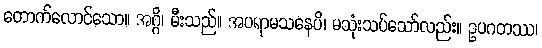
တောက်လောင်သော။ အဂ္ဂိ၊ မီးသည်။ အပရာမသနေပိ၊ မသုံးသပ်သော်လည်း။ ဥပဂတဿ၊